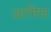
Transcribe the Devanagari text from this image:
आमिश